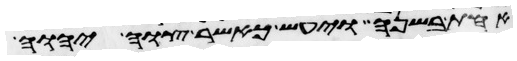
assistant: אחת בשנה ויעש כאשר צוה יהוה